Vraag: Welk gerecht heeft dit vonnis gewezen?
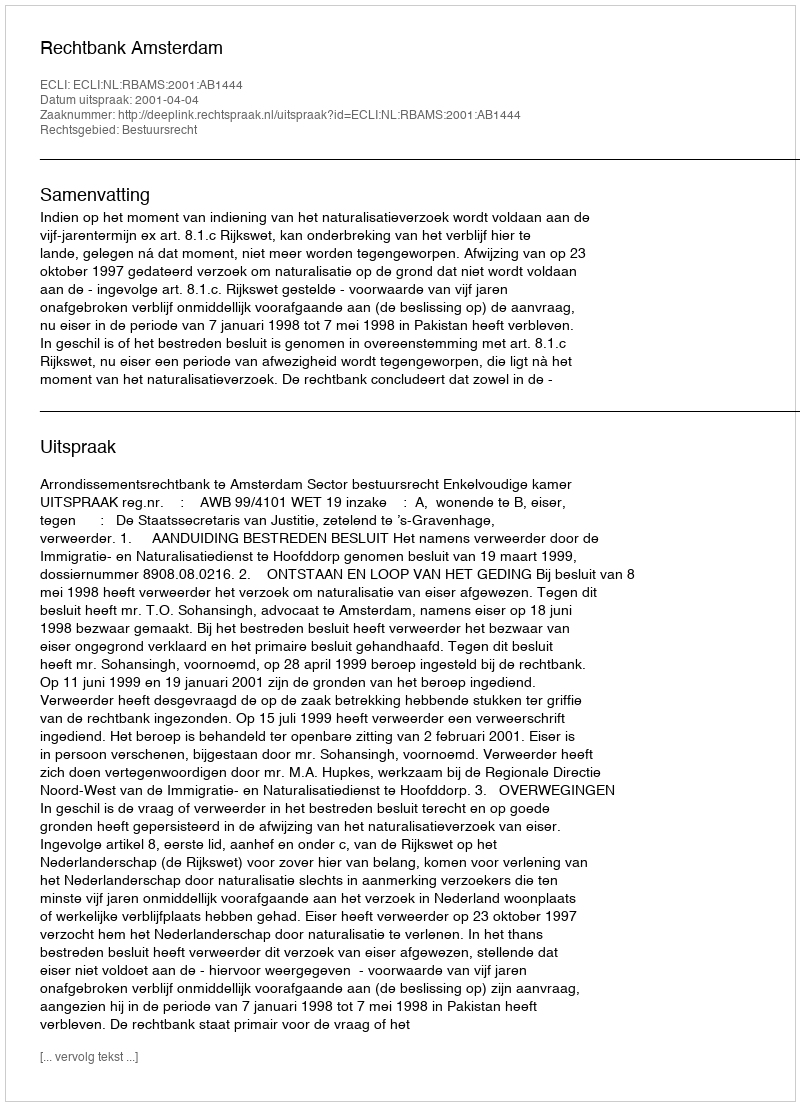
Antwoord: Rechtbank Amsterdam